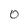
Character: 0